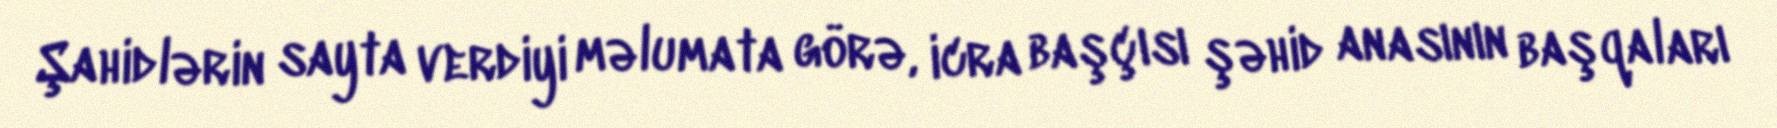
Şahidlərin sayta verdiyi məlumata görə, icra başçısı şəhid anasının başqaları